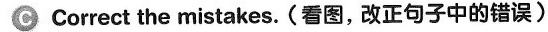
C Correct the mistakes.(看图,改正句子中的错误)